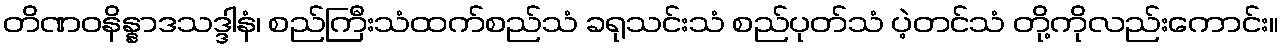
တိဏဝနိန္နာဒသဒ္ဒါနံ၊ စည်ကြီးသံထက်စည်သံ ခရုသင်းသံ စည်ပုတ်သံ ပဲ့တင်သံ တို့ကိုလည်းကောင်း။